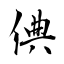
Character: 倎